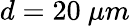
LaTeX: d=20~\mu m